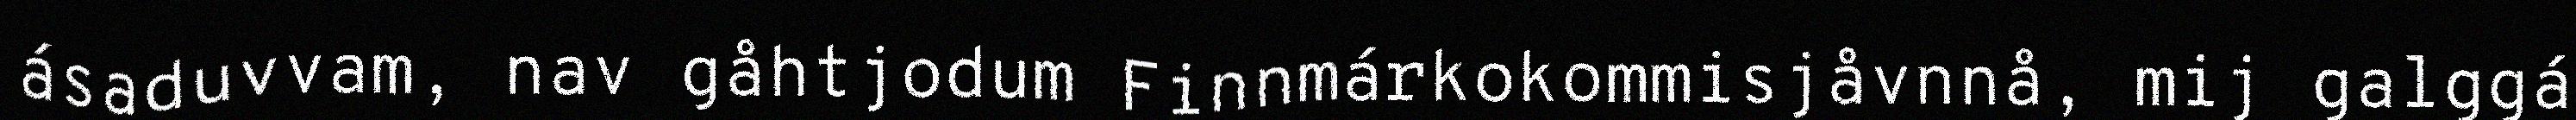
ásaduvvam, nav gåhtjodum Finnmárkokommisjåvnnå, mij galggá